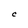
Character: C